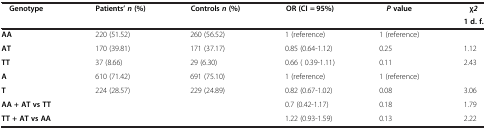
| <ROWSPAN=2> Genotype | <ROWSPAN=2> Patients’ n (%) | <ROWSPAN=2> Controls n (%) | <ROWSPAN=2> OR (CI = 95%) | <ROWSPAN=2> P value | χ2 |
 | 1 d. f. |
 | --- | --- | --- | --- | --- | --- |
 | AA | 220 (51.52) | 260 (56.52) | 1 (reference) | 1 (reference) |  |
 | AT | 170 (39.81) | 171 (37.17) | 0.85 (0.64-1.12) | 0.25 | 1.12 |
 | TT | 37 (8.66) | 29 (6.30) | 0.66 ( 0.39-1.11) | 0.11 | 2.43 |
 | A | 610 (71.42) | 691 (75.10) | 1 (reference) | <COLSPAN=2> 1 (reference) |
 | T | 224 (28.57) | 229 (24.89) | 0.82 (0.67-1.02) | 0.08 | 3.06 |
 | AA + AT vs TT |  |  | 0.7 (0.42-1.17) | 0.18 | 1.79 |
 | TT + AT vs AA |  |  | 1.22 (0.93-1.59) | 0.13 | 2.22 |